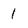
Character: l